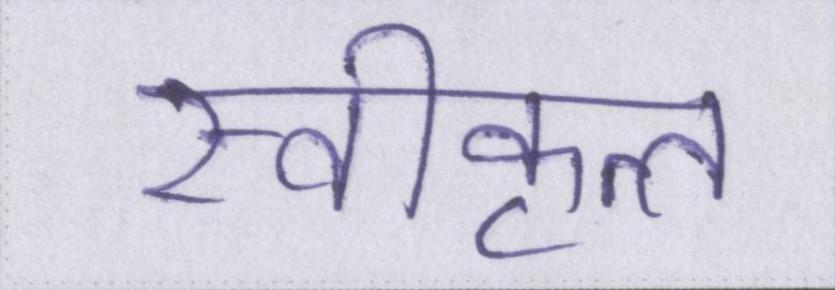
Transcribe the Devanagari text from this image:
स्वीकृत्त